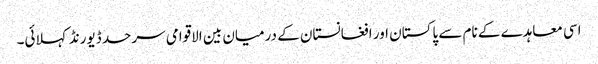
اسی معاہدے کے نام سے پاکستان اور افغانستان کے درمیان بین الاقوامی سرحد ڈیورنڈ کہلائی۔